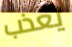
يعذب